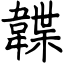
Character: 韘